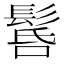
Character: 䯺